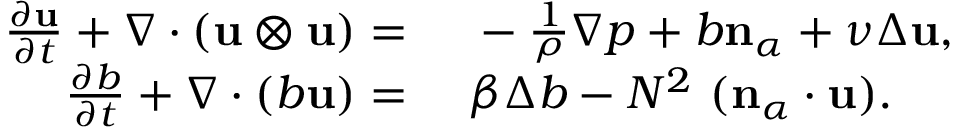
\begin{array} { r l } { \frac { \partial \mathbf { u } } { \partial t } + \nabla \cdot ( \mathbf { u } \otimes \mathbf { u } ) = } & { { } ~ - \frac { 1 } { \rho } \nabla p + b \mathbf { n } _ { \alpha } + \nu \Delta \mathbf { u } , } \\ { \frac { \partial b } { \partial t } + \nabla \cdot ( b \mathbf { u } ) = } & { { } ~ \beta \Delta b - N ^ { 2 } \ ( \mathbf { n } _ { \alpha } \cdot \mathbf { u } ) . } \end{array}